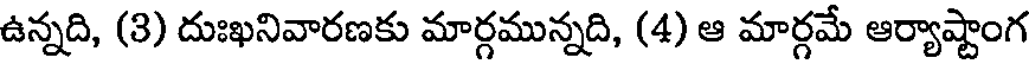
ఉన్నది, (3) దుఃఖనివారణకు మార్గమున్నది, (4) ఆ మార్గమే ఆర్యాష్టాంగ